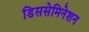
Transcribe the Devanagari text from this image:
डिससेमिनेशन